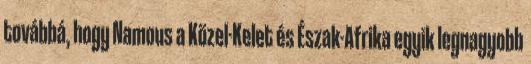
továbbá, hogy Namous a Közel-Kelet és Észak-Afrika egyik legnagyobb